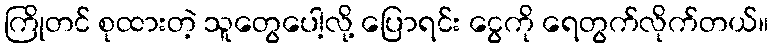
ကြိုတင် စုထားတဲ့ သူတွေပေါ့လို့ ပြောရင်း ငွေကို ရေတွက်လိုက်တယ်။